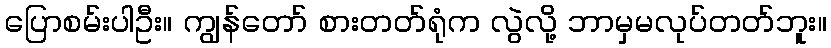
ပြောစမ်းပါဦး။ ကျွန်တော် စားတတ်ရုံက လွဲလို့ ဘာမှမလုပ်တတ်ဘူး။